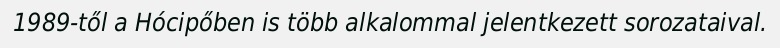
1989-től a Hócipőben is több alkalommal jelentkezett sorozataival.